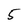
Character: 5